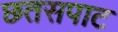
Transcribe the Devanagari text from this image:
छतसपाट